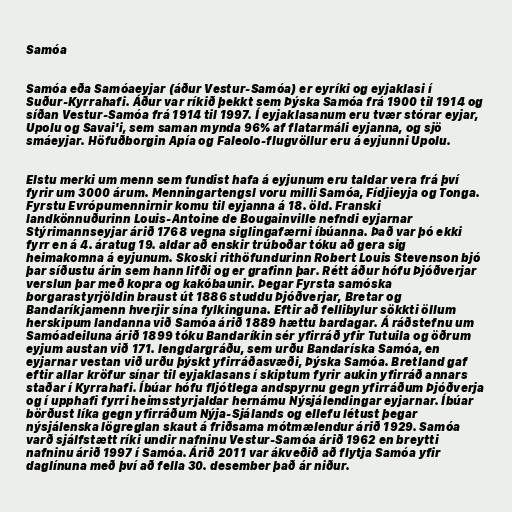
Samóa

Samóa eða Samóaeyjar (áður Vestur-Samóa) er eyríki og eyjaklasi í
Suður-Kyrrahafi. Áður var ríkið þekkt sem Þýska Samóa frá 1900 til 1914 og
síðan Vestur-Samóa frá 1914 til 1997. Í eyjaklasanum eru tvær stórar eyjar,
Upolu og Savai'i, sem saman mynda 96% af flatarmáli eyjanna, og sjö
smáeyjar. Höfuðborgin Apía og Faleolo-flugvöllur eru á eyjunni Upolu.

Elstu merki um menn sem fundist hafa á eyjunum eru taldar vera frá því
fyrir um 3000 árum. Menningartengsl voru milli Samóa, Fídjieyja og Tonga.
Fyrstu Evrópumennirnir komu til eyjanna á 18. öld. Franski
landkönnuðurinn Louis-Antoine de Bougainville nefndi eyjarnar
Stýrimannseyjar árið 1768 vegna siglingafærni íbúanna. Það var þó ekki
fyrr en á 4. áratug 19. aldar að enskir trúboðar tóku að gera sig
heimakomna á eyjunum. Skoski rithöfundurinn Robert Louis Stevenson bjó
þar síðustu árin sem hann lifði og er grafinn þar. Rétt áður hófu Þjóðverjar
verslun þar með kopra og kakóbaunir. Þegar Fyrsta samóska
borgarastyrjöldin braust út 1886 studdu Þjóðverjar, Bretar og
Bandaríkjamenn hverjir sína fylkinguna. Eftir að fellibylur sökkti öllum
herskipum landanna við Samóa árið 1889 hættu bardagar. Á ráðstefnu um
Samóadeiluna árið 1899 tóku Bandaríkin sér yfirráð yfir Tutuila og öðrum
eyjum austan við 171. lengdargráðu, sem urðu Bandaríska Samóa, en
eyjarnar vestan við urðu þýskt yfirráðasvæði, Þýska Samóa. Bretland gaf
eftir allar kröfur sínar til eyjaklasans í skiptum fyrir aukin yfirráð annars
staðar í Kyrrahafi. Íbúar hófu fljótlega andspyrnu gegn yfirráðum Þjóðverja
og í upphafi fyrri heimsstyrjaldar hernámu Nýsjálendingar eyjarnar. Íbúar
börðust líka gegn yfirráðum Nýja-Sjálands og ellefu létust þegar
nýsjálenska lögreglan skaut á friðsama mótmælendur árið 1929. Samóa
varð sjálfstætt ríki undir nafninu Vestur-Samóa árið 1962 en breytti
nafninu árið 1997 í Samóa. Árið 2011 var ákveðið að flytja Samóa yfir
daglínuna með því að fella 30. desember það ár niður.